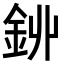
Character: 𨥥